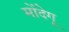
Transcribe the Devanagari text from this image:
मोंदेगू